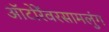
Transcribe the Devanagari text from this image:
ऑटोरेंवरसामलुंग